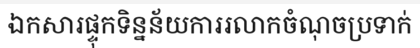
ឯកសារផ្ទុកទិន្នន័យការរលាកចំណុចប្រទាក់